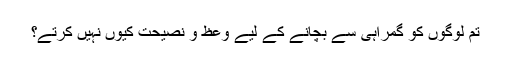
تم لوگوں کو گمراہی سے بچانے کے لیے وعظ و نصیحت کیوں نہیں کرتے؟